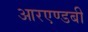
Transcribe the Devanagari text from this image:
आरएण्डबी